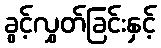
ခွင့်လွှတ်ခြင်းနှင့်